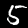
Digit: 5